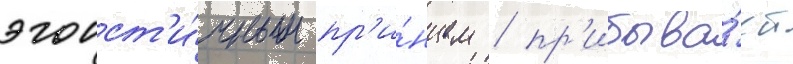
эгоист'и́чным пр'и́нцем / пр'ибыва́ет